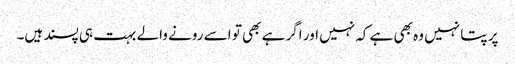
پر پتا نہیں وہ بھی ہے کہ نہیں اور اگر ہے بھی تو اسے رونے والے بہت ہی پسند ہیں۔